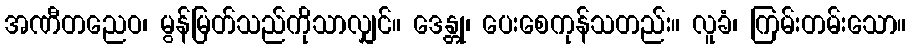
အဏီတညေဝ၊ မွန်မြတ်သည်ကိုသာလျှင်။ ဒေန္တု၊ ပေးစေကုန်သတည်း။ လူခံ၊ ကြမ်းတမ်းသော။